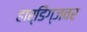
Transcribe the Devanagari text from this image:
हार्डिंग्जवर